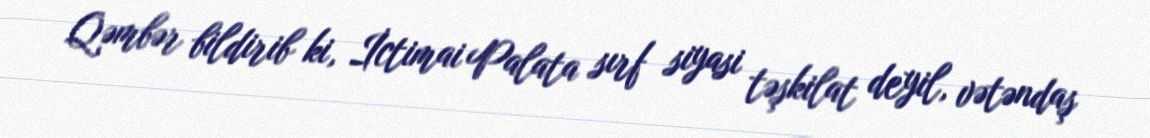
Qəmbər bildirib ki, İctimai Palata sırf siyasi təşkilat deyil, vətəndaş